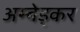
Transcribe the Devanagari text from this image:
अम्बेड्कर